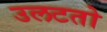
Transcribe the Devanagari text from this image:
उलटतो